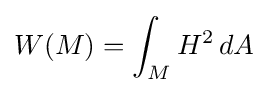
W(M)=\int _{M}H^{2}\,dA